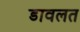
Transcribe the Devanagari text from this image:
डावलत